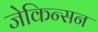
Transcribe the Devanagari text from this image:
जेकिन्सन